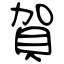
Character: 賀